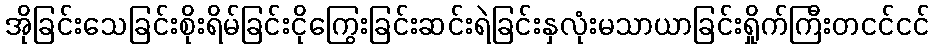
အိုခြင်းသေခြင်းစိုးရိမ်ခြင်းငိုကြွေးခြင်းဆင်းရဲခြင်းနှလုံးမသာယာခြင်းရှိုက်ကြီးတငင်ငင်